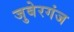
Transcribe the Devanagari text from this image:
जुबेरगंज